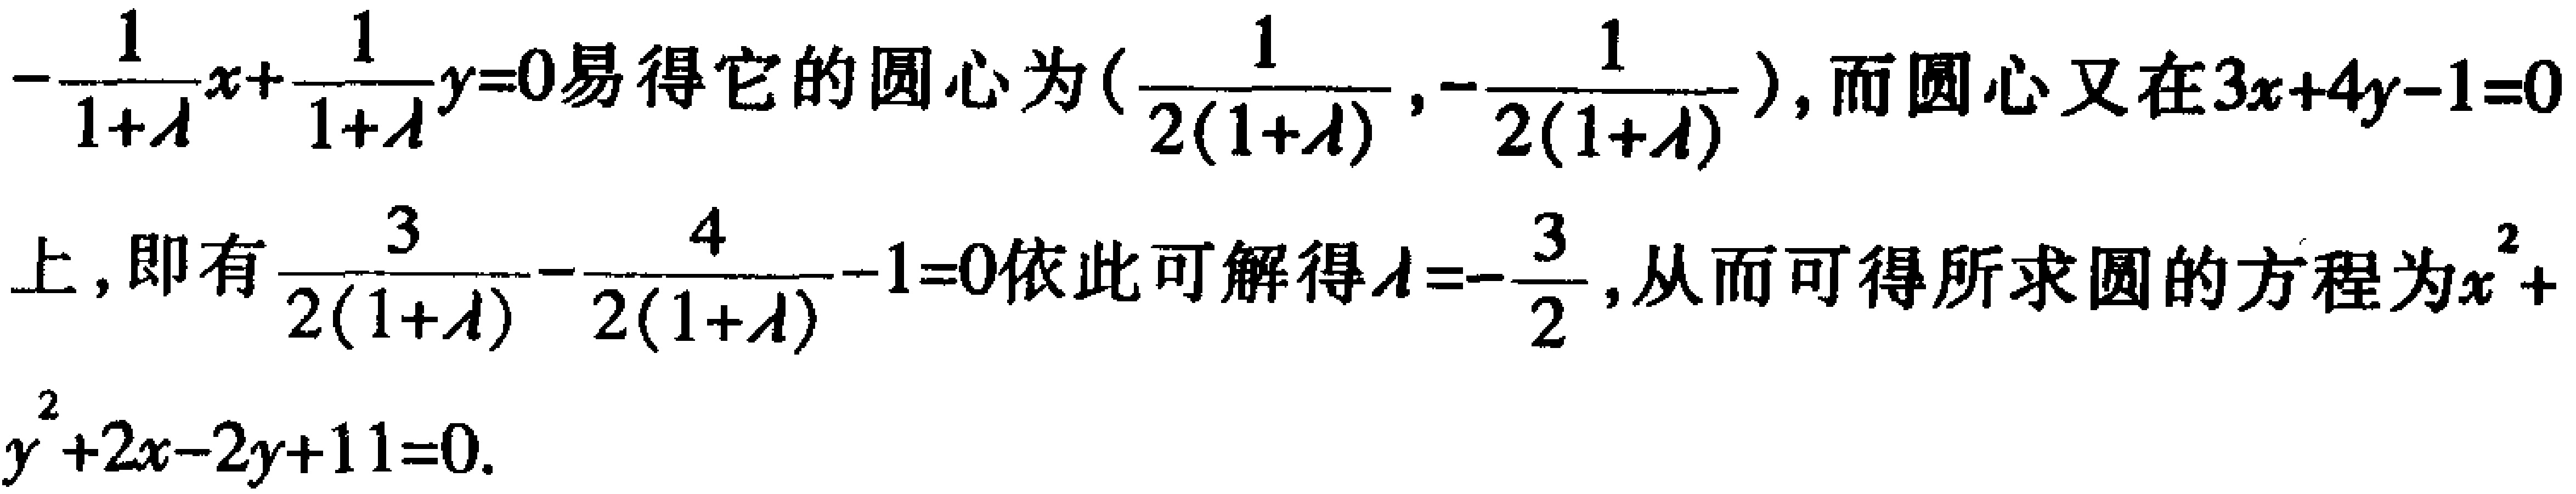
\(-\frac{1}{1 + \lambda}x+\frac{1}{1 + \lambda}y = 0\)易得它的圆心为\((\frac{1}{2(1 + \lambda)},-\frac{1}{2(1 + \lambda)})\)，而圆心又在\(3x + 4y - 1 = 0\)上，即有\(\frac{3}{2(1 + \lambda)}-\frac{4}{2(1 + \lambda)}-1 = 0\)依此可解得\(\lambda=-\frac{3}{2}\)，从而可得所求圆的方程为\(x^{2}+y^{2}+2x - 2y + 11 = 0\)。